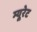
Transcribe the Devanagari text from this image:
म्यूरेट